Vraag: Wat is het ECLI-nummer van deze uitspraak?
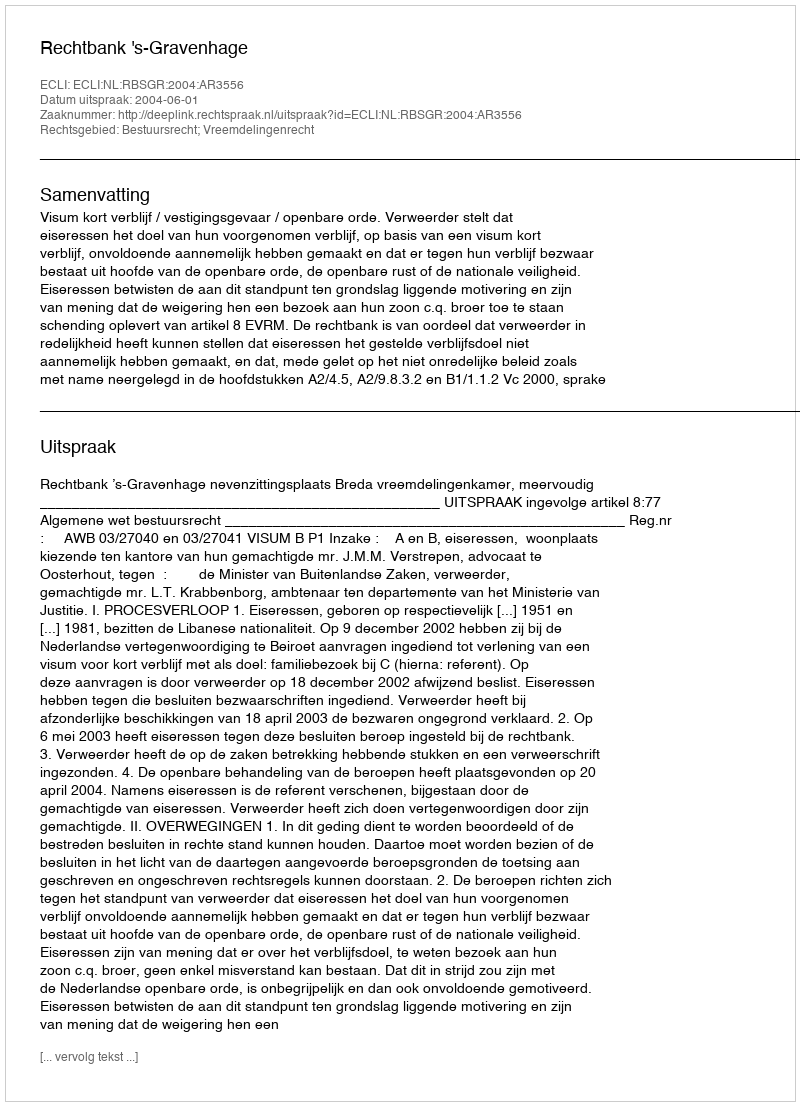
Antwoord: ECLI:NL:RBSGR:2004:AR3556